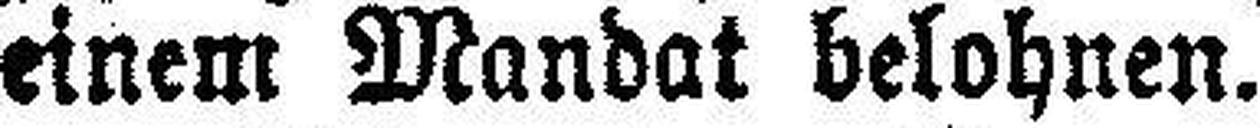
einem Mandat belohnen.